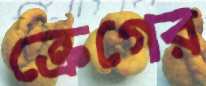
ক্রেগের